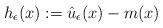
LaTeX: \begin{align*}h_\epsilon(x):= \hat u_\epsilon(x) - m(x)\end{align*}